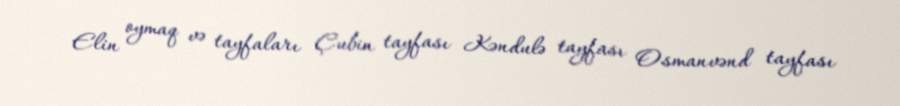
Elin oymaq və tayfaları Çubin tayfası Kəndulə tayfası Osmanvənd tayfası